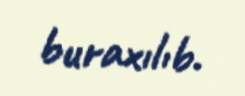
buraxılıb.